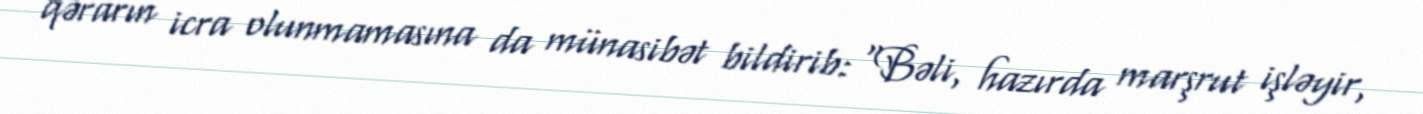
qərarın icra olunmamasına da münasibət bildirib: “Bəli, hazırda marşrut işləyir,